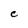
Character: c